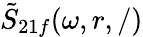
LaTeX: \tilde{S}_{21f}(\omega,r,/)